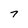
Character: 7